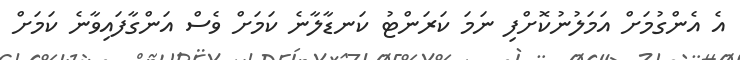
އެ އެންގުމަށް އަމަލުނުކޮށްފި ނަމަ ކަރަންޓު ކަނޑާލާނެ ކަމަށް ވެސް އަންގާފައިވާނެ ކަމަށް